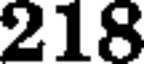
218